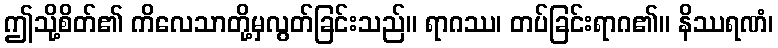
ဤသို့စိတ်၏ ကိလေသာတို့မှလွတ်ခြင်းသည်။ ရာဂဿ၊ တပ်ခြင်းရာဂ၏။ နိဿရဏံ၊